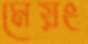
মেয়ং